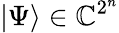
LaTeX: |\Psi\rangle\in\mathbb{C}^{2^{n}}